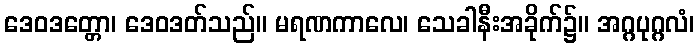
ဒေဝဒတ္တော၊ ဒေဝဒတ်သည်။ မရဏကာလေ၊ သေခါနီးအခိုက်၌။ အဂ္ဂပုဂ္ဂလံ၊